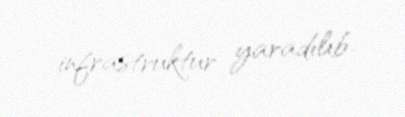
infrastruktur yaradılıb.